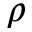
\rho